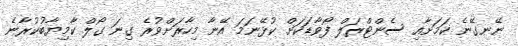
ނޭނގޭނެ ކަމަށާއި ސެންޓްރަލް ފޯވާޑަކަށް ކުޅޭނަމަ އޭނާ މިހާރަށްވުރެ ގިނަ ގޯލް ކާމިޔާބުކުރާނެ